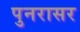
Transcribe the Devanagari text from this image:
पुनरासर